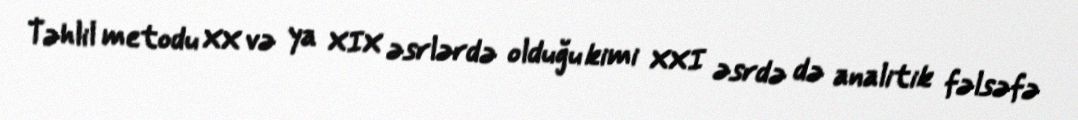
Təhlil metodu XX və ya XIX əsrlərdə olduğu kimi XXI əsrdə də analitik fəlsəfə